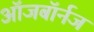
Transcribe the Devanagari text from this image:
ऑजबॉर्नज